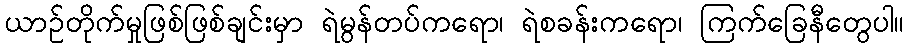
ယာဉ်တိုက်မှုဖြစ်ဖြစ်ချင်းမှာ ရဲမွန်တပ်ကရော၊ ရဲစခန်းကရော၊ ကြက်ခြေနီတွေပါ။